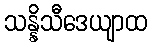
သန္နိသီဒေယျာထ